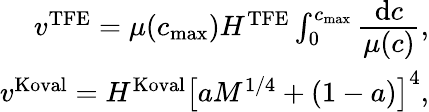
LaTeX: \begin{array}{r}{v^{\mathrm{TFE}}=\mu(c_{\mathrm{max}})H^{\mathrm{TFE}}\int_{0}^{c_{\mathrm{max}}}\cfrac{\mathrm{d}c}{\mu(c)},}\\ {v^{\mathrm{Koval}}=H^{\mathrm{Koval}}\left[aM^{1/4}+(1-a)\right]^{4},}\end{array}